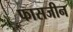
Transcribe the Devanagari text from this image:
फासजीन